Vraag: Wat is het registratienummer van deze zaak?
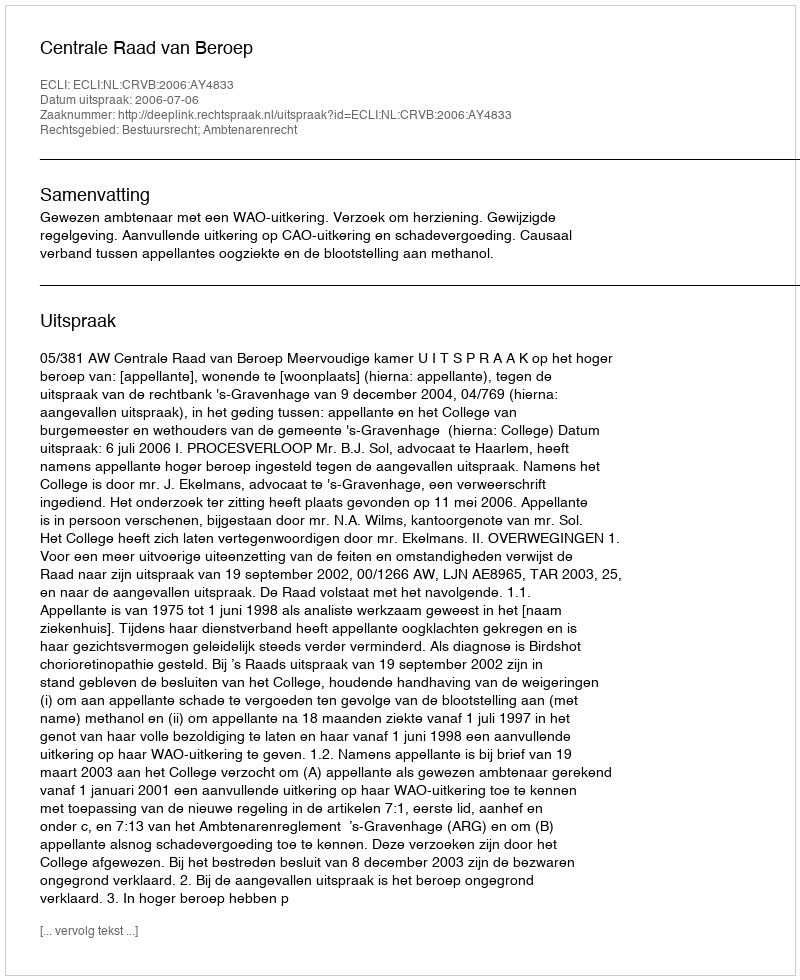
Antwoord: http://deeplink.rechtspraak.nl/uitspraak?id=ECLI:NL:CRVB:2006:AY4833